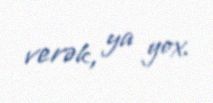
verək, ya yox.